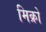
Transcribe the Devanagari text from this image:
मिक्रो